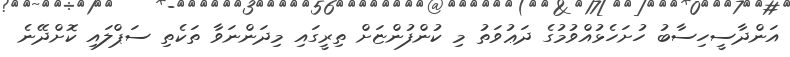
އަންދާސީހިސާބު ހުށަހެޅުއްވުމުގެ ދަޢުވަތު މި ކުންފުންޏަށް ތިރީގައި މިދަންނަވާ ތަކެތި ސަޕްލައި ކޮށްދޭނެ